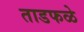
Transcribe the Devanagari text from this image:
ताडफळे